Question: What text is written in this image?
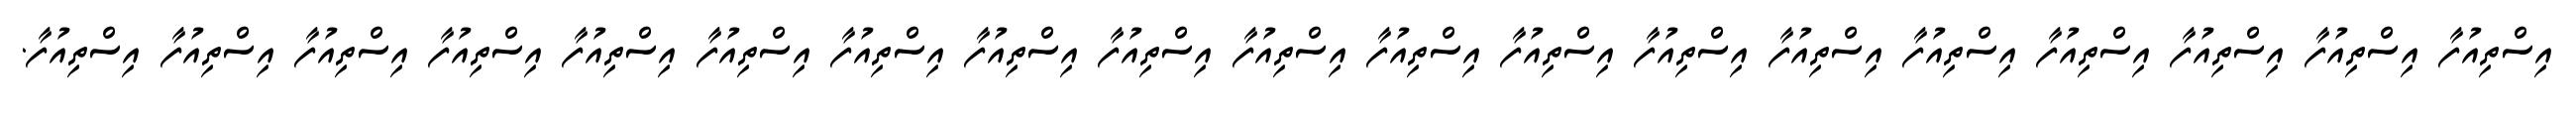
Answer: އިސްތިއުފާ އިސްތިއުފާ އިސްތިއުފާ އިސްތިއުފާ އިސްތިއުފާ އިސްތިއުފާ އިސްތިއުފާ އިސްތިއުފާ އިސްތިއުފާ އިސްތިއުފާ އިސްތިއުފާ އިސްތިއުފާ އިސްތިއުފާ އިސްތިއުފާ އިސްތިއުފާ އިސްތިއުފާ އިސްތިއުފާ އިސްތިއުފާ އިސްތިއުފާ.